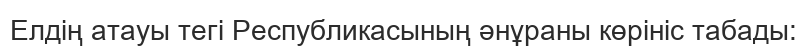
Елдің атауы тегі Республикасының әнұраны көрініс табады: